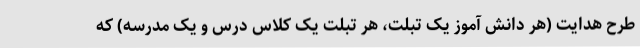
طرح هدایت (هر دانش آموز یک تبلت، هر تبلت یک کلاس درس و یک مدرسه) که